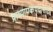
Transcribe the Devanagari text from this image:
प्राध्यापकपदासाठी